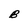
Character: B